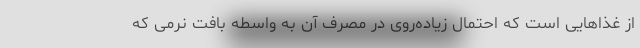
از غذاهایی است که احتمال زیاده‌روی در مصرف آن به واسطه بافت نرمی که